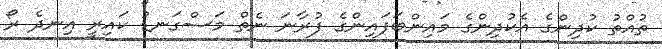
ތުއްތު ކުދިންގެ އެކުދިންގެ މައިންބަފައިންގެ ފުރާނަ ނެތް މަސްގަނޑު ކައިރީ އިނދެ ރޯ